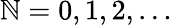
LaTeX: \mathbb{N}=0,1,2,\ldots